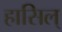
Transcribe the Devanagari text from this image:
हासिल्